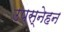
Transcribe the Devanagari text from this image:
उपस्नेहन